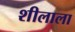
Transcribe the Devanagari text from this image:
शीलाला